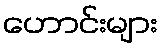
ဟောင်းများ